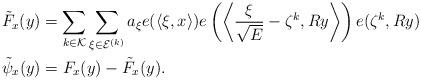
LaTeX: \begin{align*} &\tilde{F}_x(y)= \sum_{k\in \mathcal{K}}\sum_{\xi\in \mathcal{E}^{(k)}} a_{\xi}e(\langle\xi,x\rangle)e\left(\left\langle\frac{\xi}{\sqrt{E}}-\zeta^k,Ry\right\rangle\right)e(\zeta^k,Ry) \\ & \tilde{\psi}_x(y)=F_x(y)- \tilde{F}_x(y). \end{align*}